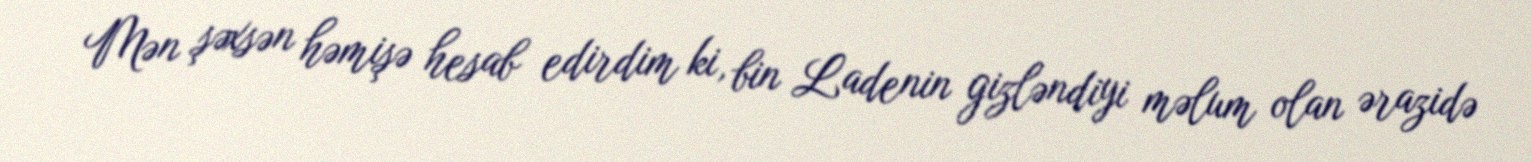
Mən şəxsən həmişə hesab edirdim ki, bin Ladenin gizləndiyi məlum olan ərazidə